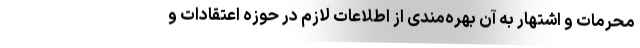
محرمات و اشتهار به آن بهره‌مندی از اطلاعات لازم در حوزه اعتقادات و